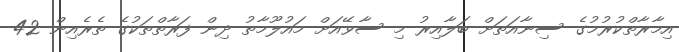
އިމާރާތްކުރުމުގެ ސިނާއަތަށް ބަލާއިރު މި ސާވޭއަށް މައުލޫމާތު ދިން ފަރާތްތަކުގެ ތެރެއިން 42